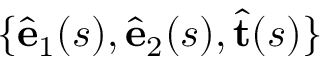
\{ \hat { \bf e } _ { 1 } ( s ) , \hat { \bf e } _ { 2 } ( s ) , { \hat { \bf t } ( s ) } \}